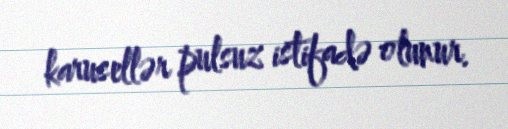
karusellər pulsuz istifadə olunur.